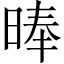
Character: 𣈖